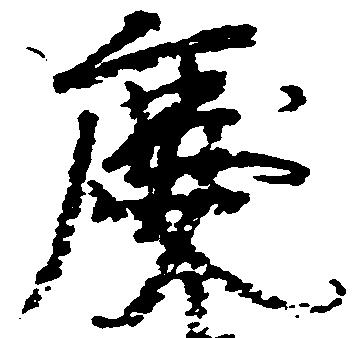
慶